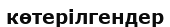
көтерілгендер